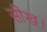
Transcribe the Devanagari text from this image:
सीख।